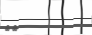
٧٣